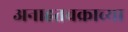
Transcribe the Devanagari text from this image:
अनाहतचक्राच्या